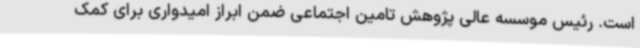
است. رئیس موسسه عالی پژوهش تامین اجتماعی ضمن ابراز امیدواری برای کمک